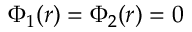
\Phi _ { 1 } ( r ) = \Phi _ { 2 } ( r ) = 0